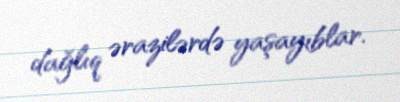
dağlıq ərazilərdə yaşayıblar.